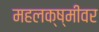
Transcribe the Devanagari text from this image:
महलक्ष्मीवर